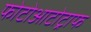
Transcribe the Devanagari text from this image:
फोटोआटोट्राफ